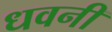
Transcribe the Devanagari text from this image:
धवनी